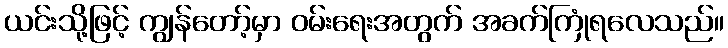
ယင်းသို့ဖြင့် ကျွန်တော့်မှာ ဝမ်းရေးအတွက် အခက်ကြုံရလေသည်။